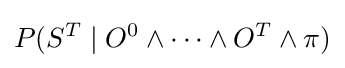
P(S^{T}\mid O^{0}\wedge \cdots \wedge O^{T}\wedge \pi )